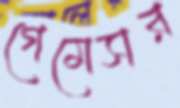
গেমেসর